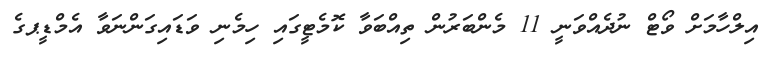
އިލްހާމަށް ވޯޓް ނުދެއްވަނީ 11 މެންބަރުން ތިއްބަވާ ކޮމެޓީގައި ހިމެނި ވަޑައިގަންނަވާ އެމްޑީޕގެ